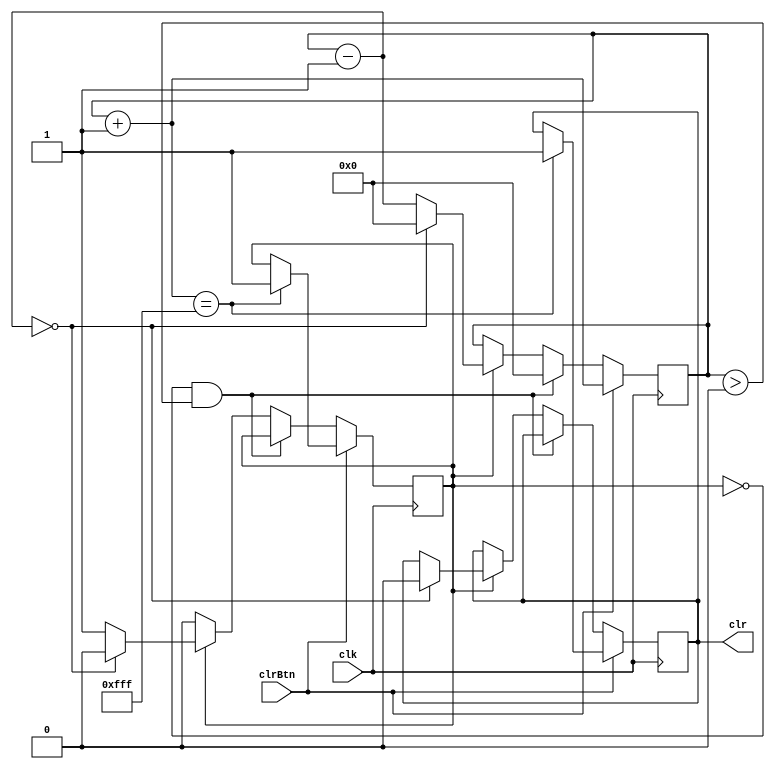
`timescale 1ns / 1ps
//////////////////////////////////////////////////////////////////////////////////
// Company: 
// Engineer: 
// 
// Design Name: 
// Module Name:    asdfgh 
// Project Name: 
// Target Devices: 
// Tool versions: 
// Description: 
//
// Dependencies: 
//
// Revision: 
// Revision 0.01 - File Created
// Additional Comments: 
//
//////////////////////////////////////////////////////////////////////////////////
module debouncer(
clk,
clrBtn,
clr,
    );
input clk; //clk in this case is slower than master clock
input clrBtn;
output reg clr;

reg [11:0] cnt;
reg regHold;
  initial 
  begin
    cnt = 12'b0;
    regHold = 1'b0;
    clr = 1'b0;
  end
  always @ (posedge clk)
  if (clrBtn == 1)
  begin
    cnt = cnt + 1'b1;
    if (cnt == 12'b111111111111)
    begin
      regHold = 1'b1;
      clr = clrBtn;;
    end
  end
  else
  begin
    // Handling noise
    if (regHold == 1'b0 && cnt > 1'b0) 
      cnt = 12'd0;
    else if (regHold == 1'b1)
    begin
      cnt = cnt - 1'b1;
      if (cnt == 1'b0) 
      begin
          regHold = 1'b0; 
          cnt = 12'd0;
          clr = 0; 
      end
    end
  end
endmodule